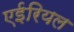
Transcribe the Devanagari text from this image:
एईरियल